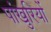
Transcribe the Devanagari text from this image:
पांखुरियों